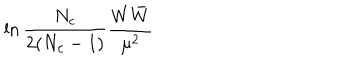
LaTeX: \ln { \frac { N _ { c } } { 2 ( N _ { c } - 1 ) } } { \frac { W \bar { W } } { \mu ^ { 2 } } }